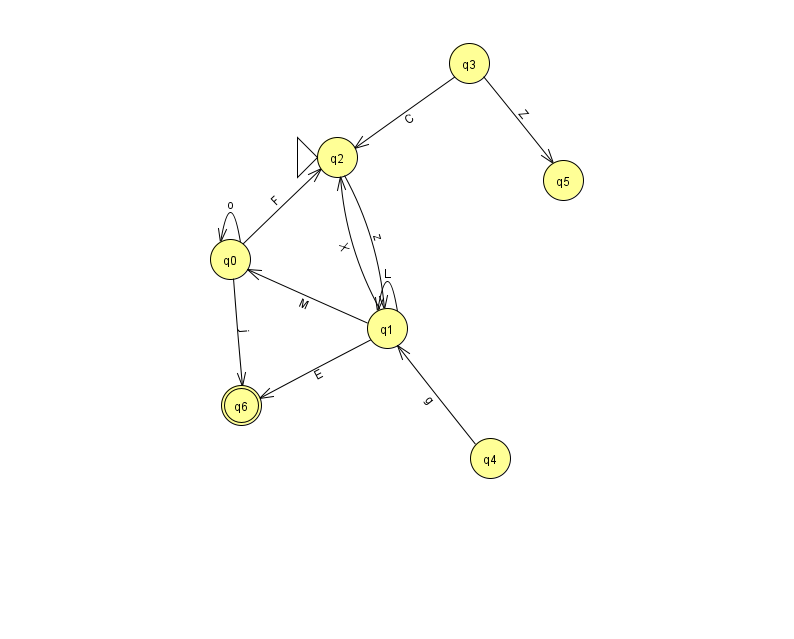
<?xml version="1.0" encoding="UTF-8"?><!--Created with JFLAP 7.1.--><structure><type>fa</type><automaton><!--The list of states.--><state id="0" name="q0"><x>230.0</x><y>246.0</y></state><state id="1" name="q1"><x>387.0</x><y>315.0</y></state><state id="2" name="q2"><x>337.0</x><y>144.0</y><initial/></state><state id="3" name="q3"><x>469.0</x><y>50.0</y></state><state id="4" name="q4"><x>490.0</x><y>445.0</y></state><state id="5" name="q5"><x>563.0</x><y>167.0</y></state><state id="6" name="q6"><x>241.0</x><y>392.0</y><final/></state><!--The list of transitions.--><transition><from>4</from><to>1</to><read>g</read></transition><transition><from>2</from><to>1</to><read>z</read></transition><transition><from>3</from><to>2</to><read>C</read></transition><transition><from>1</from><to>2</to><read>X</read></transition><transition><from>0</from><to>6</to><read>j</read></transition><transition><from>3</from><to>5</to><read>Z</read></transition><transition><from>1</from><to>0</to><read>M</read></transition><transition><from>1</from><to>1</to><read>L</read></transition><transition><from>0</from><to>2</to><read>F</read></transition><transition><from>1</from><to>6</to><read>E</read></transition><transition><from>0</from><to>0</to><read>o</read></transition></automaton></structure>